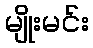
မျိုးမင်း